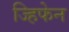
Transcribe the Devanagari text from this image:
ज्हिफेन